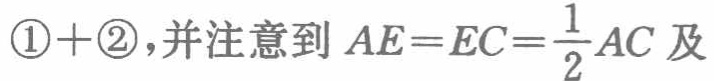
\(\textcircled{1} + \textcircled{2}\)，并注意到 \(AE = EC=\frac{1}{2}AC\) 及